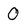
Character: 0